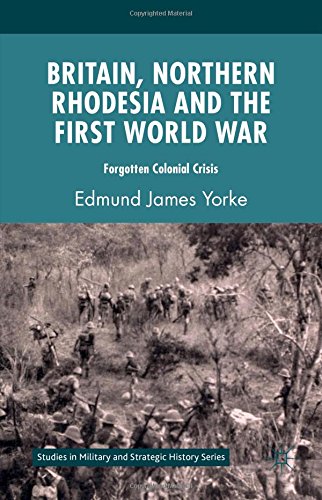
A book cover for Britain, Northern Rhodesia and the First World War: Forgotten Colonial Crisis (Studies in Military and Strategic History); Edmund James Yorke; History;